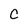
Character: C